Scientific memoirs by medical officers of the Army of India - Part III,
Year: 1887
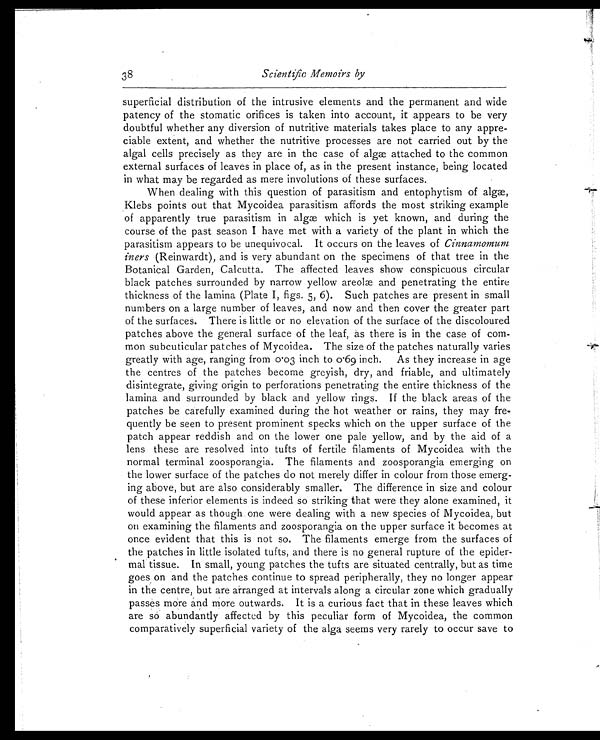
38
Scientific Memoirs by
superficial distribution of the intrusive elements and the permanent and wide
patency of the stomatic orifices is taken into account, it appears to be very
doubtful whether any diversion of nutritive materials takes place to any appre-
ciable extent, and whether the nutritive processes are not carried out by the
algal cells precisely as they are in the case of algæ attached to the common
external surfaces of leaves in place of, as in the present instance, being located
in what may be regarded as mere involutions of these surfaces.
When dealing with this question of parasitism and entophytism of algæ,
Klebs points out that Mycoidea parasitism affords the most striking example
of apparently true parasitism in algæ which is yet known, and during the
course of the past season I have met with a variety of the plant in which the
parasitism appears to be unequivocal. It occurs on the leaves of Cinnamomum
iners (Reinwardt), and is very abundant on the specimens of that tree in the
Botanical Garden, Calcutta. The affected leaves show conspicuous circular
black patches surrounded by narrow yellow areolæ and penetrating the entire
thickness of the lamina (Plate I, figs. 5, 6). Such patches are present in small
numbers on a large number of leaves, and now and then cover the greater part
of the surfaces. There is little or no elevation of the surface of the discoloured
patches above the general surface of the leaf, as there is in the case of com-
mon subcuticular patches of Mycoidea. The size of the patches naturally varies
greatly with age, ranging from 0.03 inch to 0.69 inch. As they increase in age
the centres of the patches become greyish, dry, and friable, and ultimately
disintegrate, giving origin to perforations penetrating the entire thickness of the
lamina and surrounded by black and yellow rings. If the black areas of the
patches be carefully examined during the hot weather or rains, they may fre-
quently be seen to present prominent specks which on the upper surface of the
patch appear reddish and on the lower one pale yellow, and by the aid of a
lens these are resolved into tufts of fertile filaments of Mycoidea with the
normal terminal zoosporangia. The filaments and zoosporangia emerging on
the lower surface of the patches do not merely differ in colour from those emerg-
-ing above, but are also considerably smaller. The difference in size and colour
of these inferior elements is indeed so striking that were they alone examined, it
would appear as though one were dealing with a new species of Mycoidea, but
on examining the filaments and zoosporangia on the upper surface it becomes at
once evident that this is not so. The filaments emerge from the surfaces of
the patches in little isolated tufts, and there is no general rupture of the epider-
mal tissue. In small, young patches the tufts are situated centrally, but as time
goes on and the patches continue to spread peripherally, they no longer appear
in the centre, but are arranged at intervals along a circular zone which gradually
passes more and more outwards. It is a curious fact that in these leaves which
are so abundantly affected by this peculiar form of Mycoidea, the common
comparatively superficial variety of the alga seems very rarely to occur save to